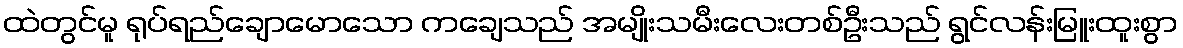
ထဲတွင်မူ ရုပ်ရည်ချောမောသော ကချေသည် အမျိုးသမီးလေးတစ်ဦးသည် ရွင်လန်းမြူးထူးစွာ